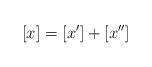
LaTeX: \begin{align*}[x]=[x']+[x'']\end{align*}